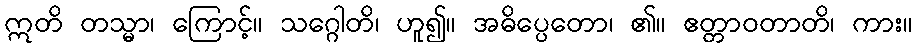
ဣတိ တသ္မာ၊ ကြောင့်။ သဂ္ဂေါတိ၊ ဟူ၍။ အဓိပ္ပေတော၊ ၏။ ဧတ္တာဝတာတိ၊ ကား။